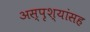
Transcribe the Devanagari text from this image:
अस्पृश्यांसह